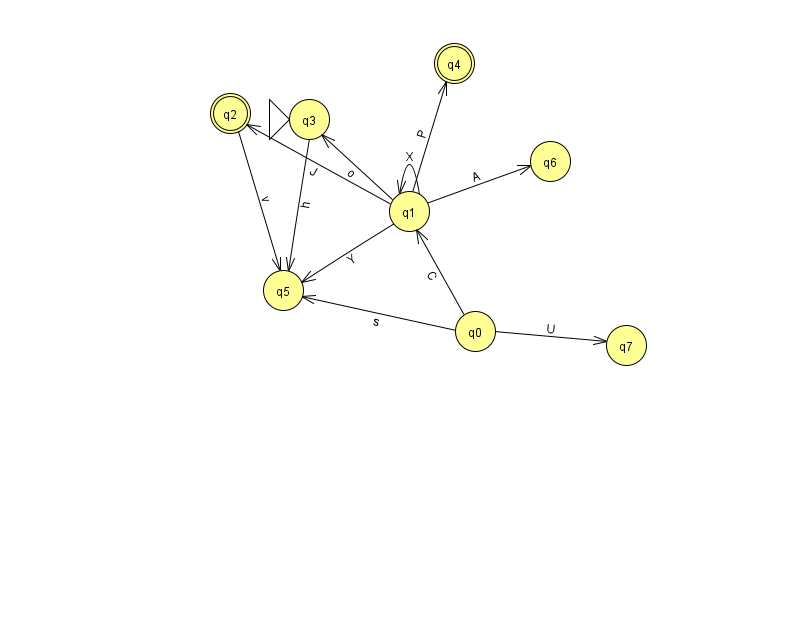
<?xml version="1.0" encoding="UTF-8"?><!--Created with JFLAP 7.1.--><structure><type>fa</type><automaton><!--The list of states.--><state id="0" name="q0"><x>475.0</x><y>318.0</y></state><state id="1" name="q1"><x>409.0</x><y>198.0</y></state><state id="2" name="q2"><x>230.0</x><y>100.0</y><final/></state><state id="3" name="q3"><x>309.0</x><y>106.0</y><initial/></state><state id="4" name="q4"><x>454.0</x><y>50.0</y><final/></state><state id="5" name="q5"><x>283.0</x><y>277.0</y></state><state id="6" name="q6"><x>550.0</x><y>148.0</y></state><state id="7" name="q7"><x>626.0</x><y>332.0</y></state><!--The list of transitions.--><transition><from>0</from><to>7</to><read>U</read></transition><transition><from>1</from><to>4</to><read>P</read></transition><transition><from>2</from><to>5</to><read>v</read></transition><transition><from>1</from><to>6</to><read>A</read></transition><transition><from>0</from><to>5</to><read>s</read></transition><transition><from>1</from><to>1</to><read>X</read></transition><transition><from>1</from><to>2</to><read>J</read></transition><transition><from>1</from><to>3</to><read>o</read></transition><transition><from>3</from><to>5</to><read>h</read></transition><transition><from>1</from><to>5</to><read>Y</read></transition><transition><from>0</from><to>1</to><read>C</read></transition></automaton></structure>